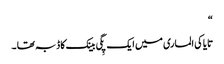
“
تایاکی الماری میں ایک پِگی بینک کا ڈبہ تھا ۔